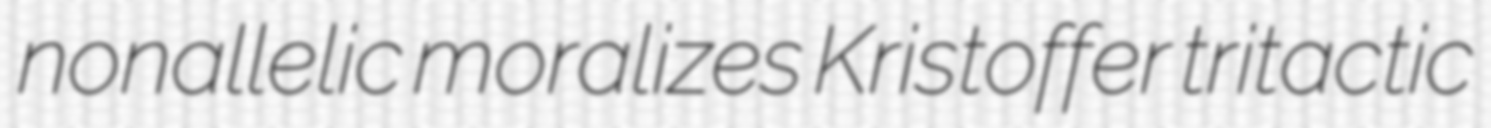
nonallelic moralizes Kristoffer tritactic